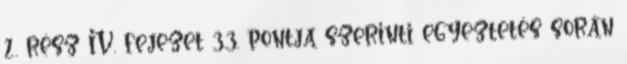
2. rész IV. fejezet 3.3. pontja szerinti egyeztetés során